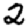
Digit: 2